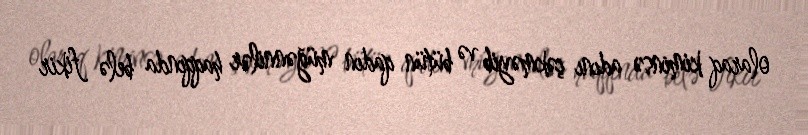
olaraq kiminsə adını çəkməyib və bütün qadın müğənnilər haqqında belə fikir